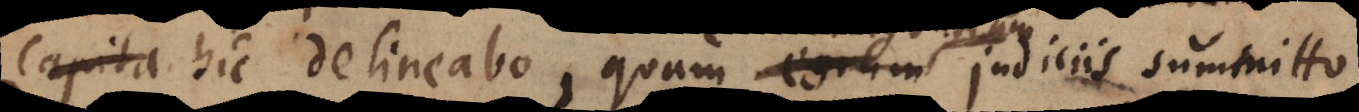
capita hic delineabo, quam _ judiciis summitto.